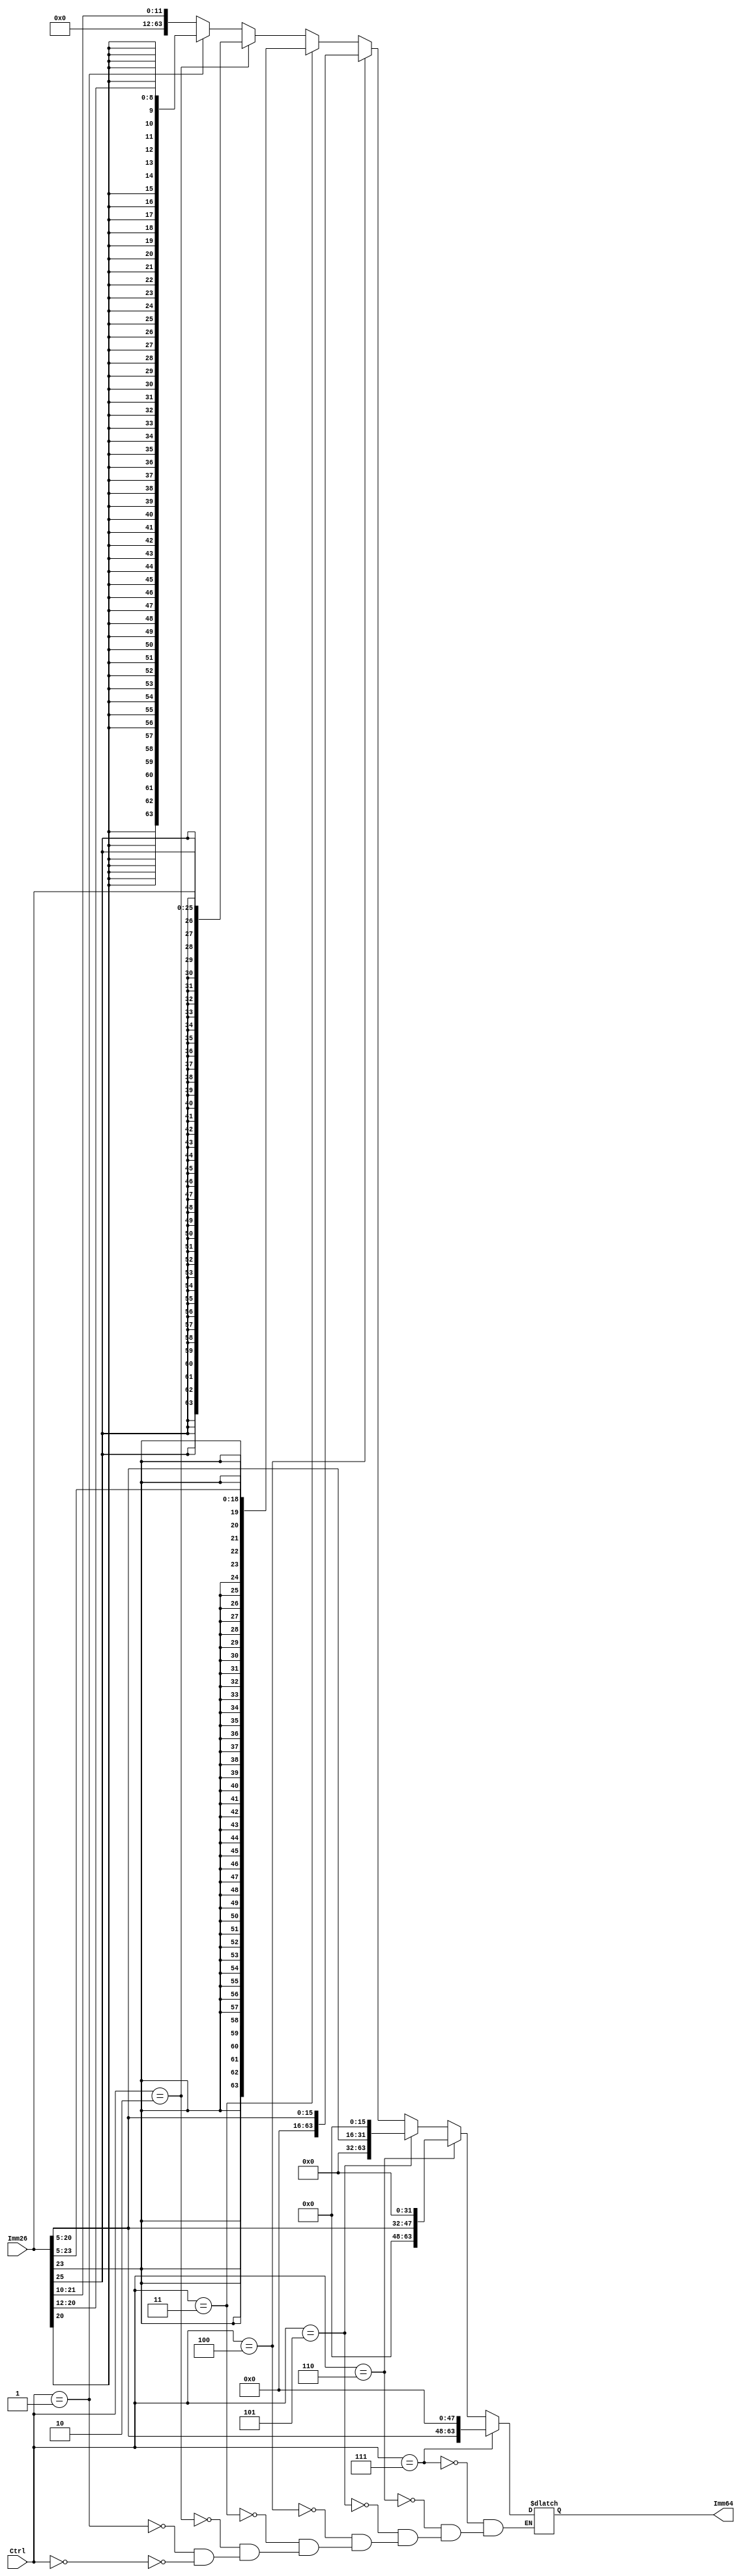
`timescale 1ns / 1ps
//////////////////////////////////////////////////////////////////////////////////
// Company: 
// Engineer: 
// 
// Design Name: 
// Module Name: ImmGenerator
// Project Name: 
// Target Devices: 
// Tool Versions: 
// Description: 
// 
// Dependencies: 
// 
// Revision:
// Revision 0.01 - File Created
// Additional Comments:
// 
//////////////////////////////////////////////////////////////////////////////////


module ImmGenerator(Imm64, Imm26, Ctrl);
  output reg [63:0] Imm64;
  input [25:0] Imm26;
  input [2:0] Ctrl;


  always @(*)
  begin
       if(Ctrl == 3'b000)
       // I type
    
         Imm64 = {52'b0,Imm26[21:10]};
         
       if(Ctrl == 3'b001)
       // L/S
         Imm64 = {{55{Imm26[20]}},Imm26[20:12]};
    
       if(Ctrl == 3'b010)
       // uncon branch
         Imm64 = {{38{Imm26[25]}},Imm26[25:0]};
    
    
       if(Ctrl == 3'b011)
       // cond branch
         Imm64 = {{45{Imm26[23]}},Imm26[23:5]};
        // move addition
        if(Ctrl == 3'b100)
            
           Imm64 = {{48{1'b0}}, Imm26[20:5]};
            
        if(Ctrl == 3'b101)
            
           Imm64 = {{32{1'b0}}, Imm26[20:5], 16'b0};
            
        if(Ctrl == 3'b110)
            
            Imm64 = {{16{1'b0}}, Imm26[20:5], 32'b0};
            
        if(Ctrl == 3'b111)
            
            Imm64 = {Imm26[20:5], 48'b0};
            

  end

endmodule